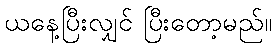
ယနေ့ပြီးလျှင် ပြီးတော့မည်။